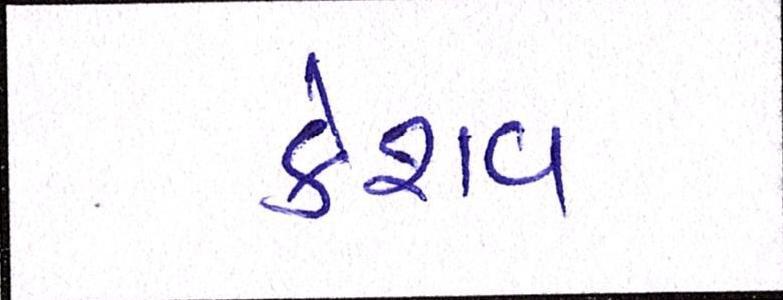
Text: કેશવ